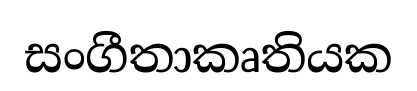
සංගීතාකෘතියක